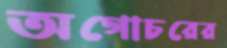
অগোচরের